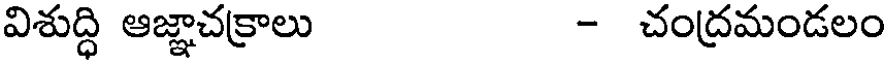
విశుద్ధి ఆజ్ఞాచక్రాలు - చంద్రమండలం